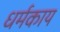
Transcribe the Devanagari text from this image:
धर्मकाय